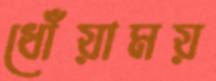
ধোঁয়াময়